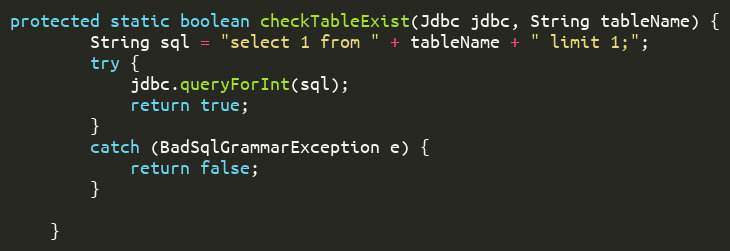
Language: Java
protected static boolean checkTableExist(Jdbc jdbc, String tableName) {
		String sql = "select 1 from " + tableName + " limit 1;";
		try {
			jdbc.queryForInt(sql);
			return true;
		}
		catch (BadSqlGrammarException e) {
			return false;
		}

	}